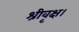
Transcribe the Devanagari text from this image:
श्रीवृक्ष।